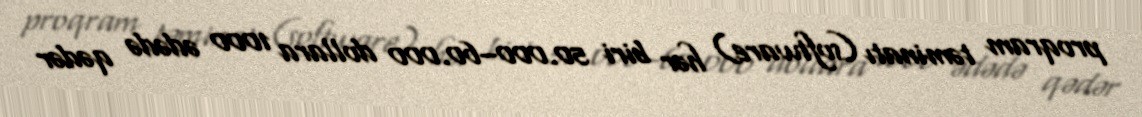
proqram təminatı (software) hər biri 50.000–60.000 dollara 1000 ədədə qədər